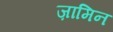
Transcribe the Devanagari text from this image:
ज़ामिन